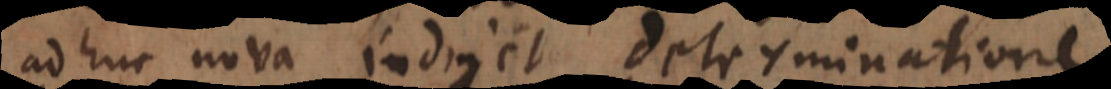
adhuc nova indiget determinatione,